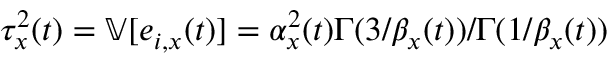
\tau _ { x } ^ { 2 } ( t ) = \mathbb V [ e _ { i , x } ( t ) ] = \alpha _ { x } ^ { 2 } ( t ) \Gamma ( 3 / \beta _ { x } ( t ) ) / \Gamma ( 1 / \beta _ { x } ( t ) )